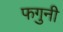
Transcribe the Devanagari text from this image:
फगुनी